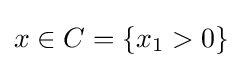
x\in C=\{x_{1}>0\}